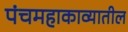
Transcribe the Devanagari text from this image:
पंचमहाकाव्यातील